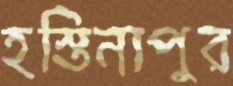
হস্তিনাপুর